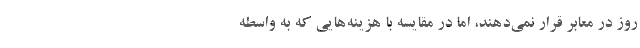
روز در معابر قرار نمی‌دهند، اما در مقایسه با هزینه‌هایی که به واسطه